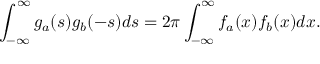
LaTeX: \int _ { - \infty } ^ { \infty } g _ { a } ( s ) g _ { b } ( - s ) d s = 2 \pi \int _ { - \infty } ^ { \infty } f _ { a } ( x ) f _ { b } ( x ) d x .